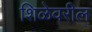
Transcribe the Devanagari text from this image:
शिळेवरील